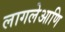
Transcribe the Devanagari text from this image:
लागलेआणि